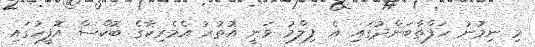
މި ނިމުނު ހަފްތާބަންދުގައި އެ ފިލްމު ވަނީ އުތުރު އެމެރިކާގެ ބޮކްސް އޮފީހުގައި